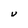
Character: U